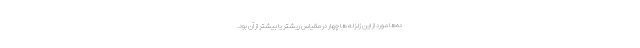
ده‌ها مورد از این زلزله ها چهار در مقیاس ریشتر یا بیشتر از آن بود.